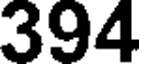
394